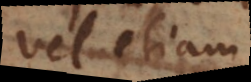
vel etiam